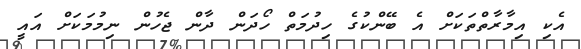
އެކި އިމާރާތްތަކަށް އެ ބޭންކުގެ ހިދުމަތް ހޯދަން ދާން ޖެހުން ނިމުމަކަށް އައީ